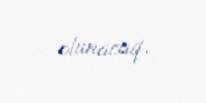
olunacaq.